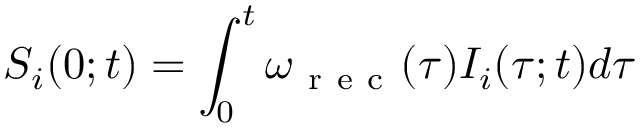
S _ { i } ( 0 ; t ) = \int _ { 0 } ^ { t } \omega _ { \mathrm { ~ r ~ e ~ c ~ } } ( \tau ) I _ { i } ( \tau ; t ) d \tau